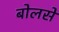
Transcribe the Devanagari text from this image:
बोलसें